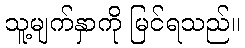
သူ့မျက်နှာကို မြင်ရသည်။